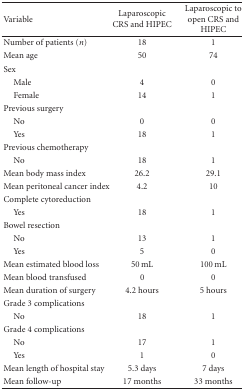
<table><thead><tr><td><b> Variable</b></td><td><b>Laparoscopic CRS and HIPEC</b></td><td><b>Laparoscopic to open CRS and HIPEC</b></td></tr></thead><tbody><tr><td>Number of patients (<i>n</i>)</td><td>18</td><td>1</td></tr><tr><td>Mean age</td><td>50</td><td>74</td></tr><tr><td>Sex</td><td></td><td></td></tr><tr><td> Male</td><td>4</td><td>0</td></tr><tr><td> Female</td><td>14</td><td>1</td></tr><tr><td>Previous surgery</td><td></td><td></td></tr><tr><td> No</td><td>0</td><td>0</td></tr><tr><td> Yes</td><td>18</td><td>1</td></tr><tr><td>Previous chemotherapy</td><td></td><td></td></tr><tr><td> No</td><td>18</td><td>1</td></tr><tr><td>Mean body mass index</td><td>26.2</td><td>29.1</td></tr><tr><td>Mean peritoneal cancer index</td><td>4.2</td><td>10</td></tr><tr><td>Complete cytoreduction</td><td></td><td></td></tr><tr><td> Yes</td><td>18</td><td>1</td></tr><tr><td>Bowel resection</td><td></td><td></td></tr><tr><td> No</td><td>13</td><td>1</td></tr><tr><td> Yes</td><td>5</td><td>0</td></tr><tr><td>Mean estimated blood loss</td><td>50 mL</td><td>100 mL</td></tr><tr><td>Mean blood transfused</td><td>0</td><td>0</td></tr><tr><td>Mean duration of surgery</td><td>4.2 hours</td><td>5 hours</td></tr><tr><td>Grade 3 complications</td><td></td><td></td></tr><tr><td> No</td><td>18</td><td>1</td></tr><tr><td>Grade 4 complications</td><td></td><td></td></tr><tr><td> No</td><td>17</td><td>1</td></tr><tr><td> Yes</td><td>1</td><td>0</td></tr><tr><td>Mean length of hospital stay</td><td>5.3 days</td><td>7 days</td></tr><tr><td>Mean follow-up</td><td>17 months</td><td>33 months</td></tr></tbody></table>